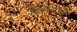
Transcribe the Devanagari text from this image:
पेठकरांचे